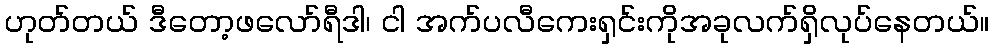
ဟုတ်တယ် ဒီတော့ဖလော်ရီဒါ၊ ငါ အက်ပလီကေးရှင်းကိုအခုလက်ရှိလုပ်နေတယ်။